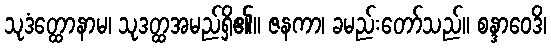
သုဒံတ္ထောနာမ၊ သုဒတ္ထအမည်ရှိ၏။ ဇနကာ၊ ခမည်းတော်သည်။ စန္ဒာဝေဒိ၊